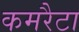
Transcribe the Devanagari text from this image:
कमरैटा